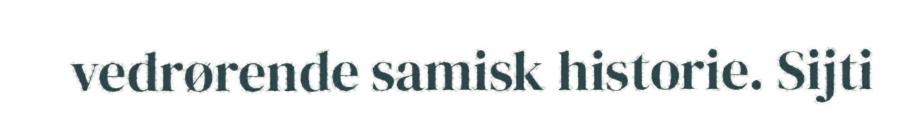
vedrørende samisk historie. Sijti